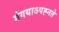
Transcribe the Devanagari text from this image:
गंगयाऽपह्नते